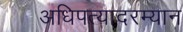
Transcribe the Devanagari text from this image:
अधिपत्यादरम्यान